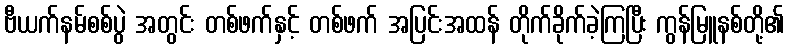
ဗီယက်နမ်စစ်ပွဲ အတွင်း တစ်ဖက်နှင့် တစ်ဖက် အပြင်းအထန် တိုက်ခိုက်ခဲ့ကြပြီး ကွန်မြူနစ်တို့၏